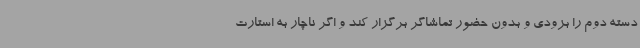
دسته دوم را بزودی و بدون حضور تماشاگر برگزار کند و اگر ناچار به استارت